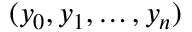
( y _ { 0 } , y _ { 1 } , \ldots , y _ { n } )